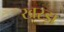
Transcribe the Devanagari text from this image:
खरड़ा